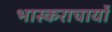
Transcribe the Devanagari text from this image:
भास्कराचार्यो